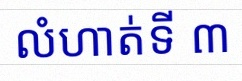
លំហាត់ទី ៣